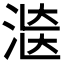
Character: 𱧄